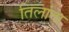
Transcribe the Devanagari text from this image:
तिलांता